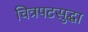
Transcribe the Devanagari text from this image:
चित्रपटसुद्धा